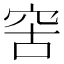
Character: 𥥖